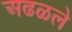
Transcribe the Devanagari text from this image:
अढळले